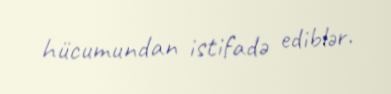
hücumundan istifadə ediblər.